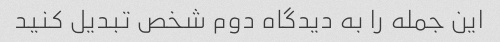
این جمله را به دیدگاه دوم شخص تبدیل کنید